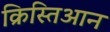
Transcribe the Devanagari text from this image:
क्रिस्तिआन